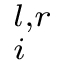
^ { l , r } _ { i }